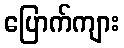
ပြောက်ကျား